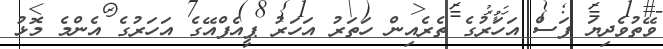
ވޭތުވެދިޔަ ފަސް އަހަރުގެ ތެރެއިން ހަތަރު އަހަރު ޕީއެފްއޭގެ އަހަރުގެ އެންމެ މޮޅު